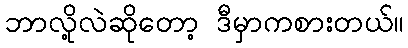
ဘာလို့လဲဆိုတော့ ဒီမှာကစားတယ်။